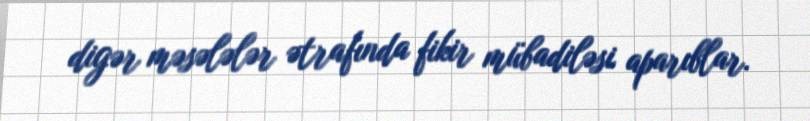
digər məsələlər ətrafında fikir mübadiləsi aparıblar.